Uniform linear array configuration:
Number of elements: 24
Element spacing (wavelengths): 0.75
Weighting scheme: blackman
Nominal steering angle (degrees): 60
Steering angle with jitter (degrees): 59.974
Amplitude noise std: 0.05
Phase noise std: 0.05

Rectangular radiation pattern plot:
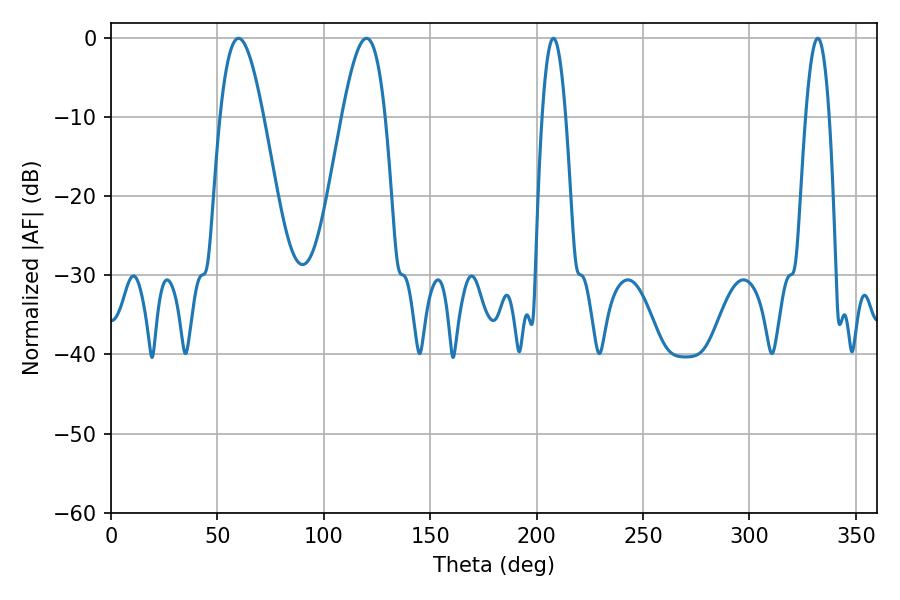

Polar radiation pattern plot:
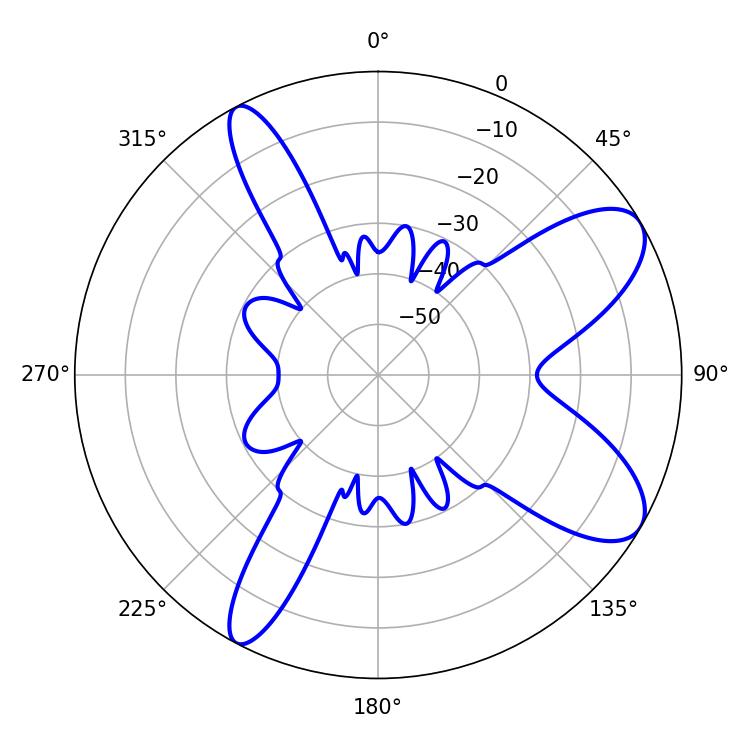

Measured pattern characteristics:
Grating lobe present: TRUE
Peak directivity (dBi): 8.91
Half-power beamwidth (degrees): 10.98
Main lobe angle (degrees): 59.94